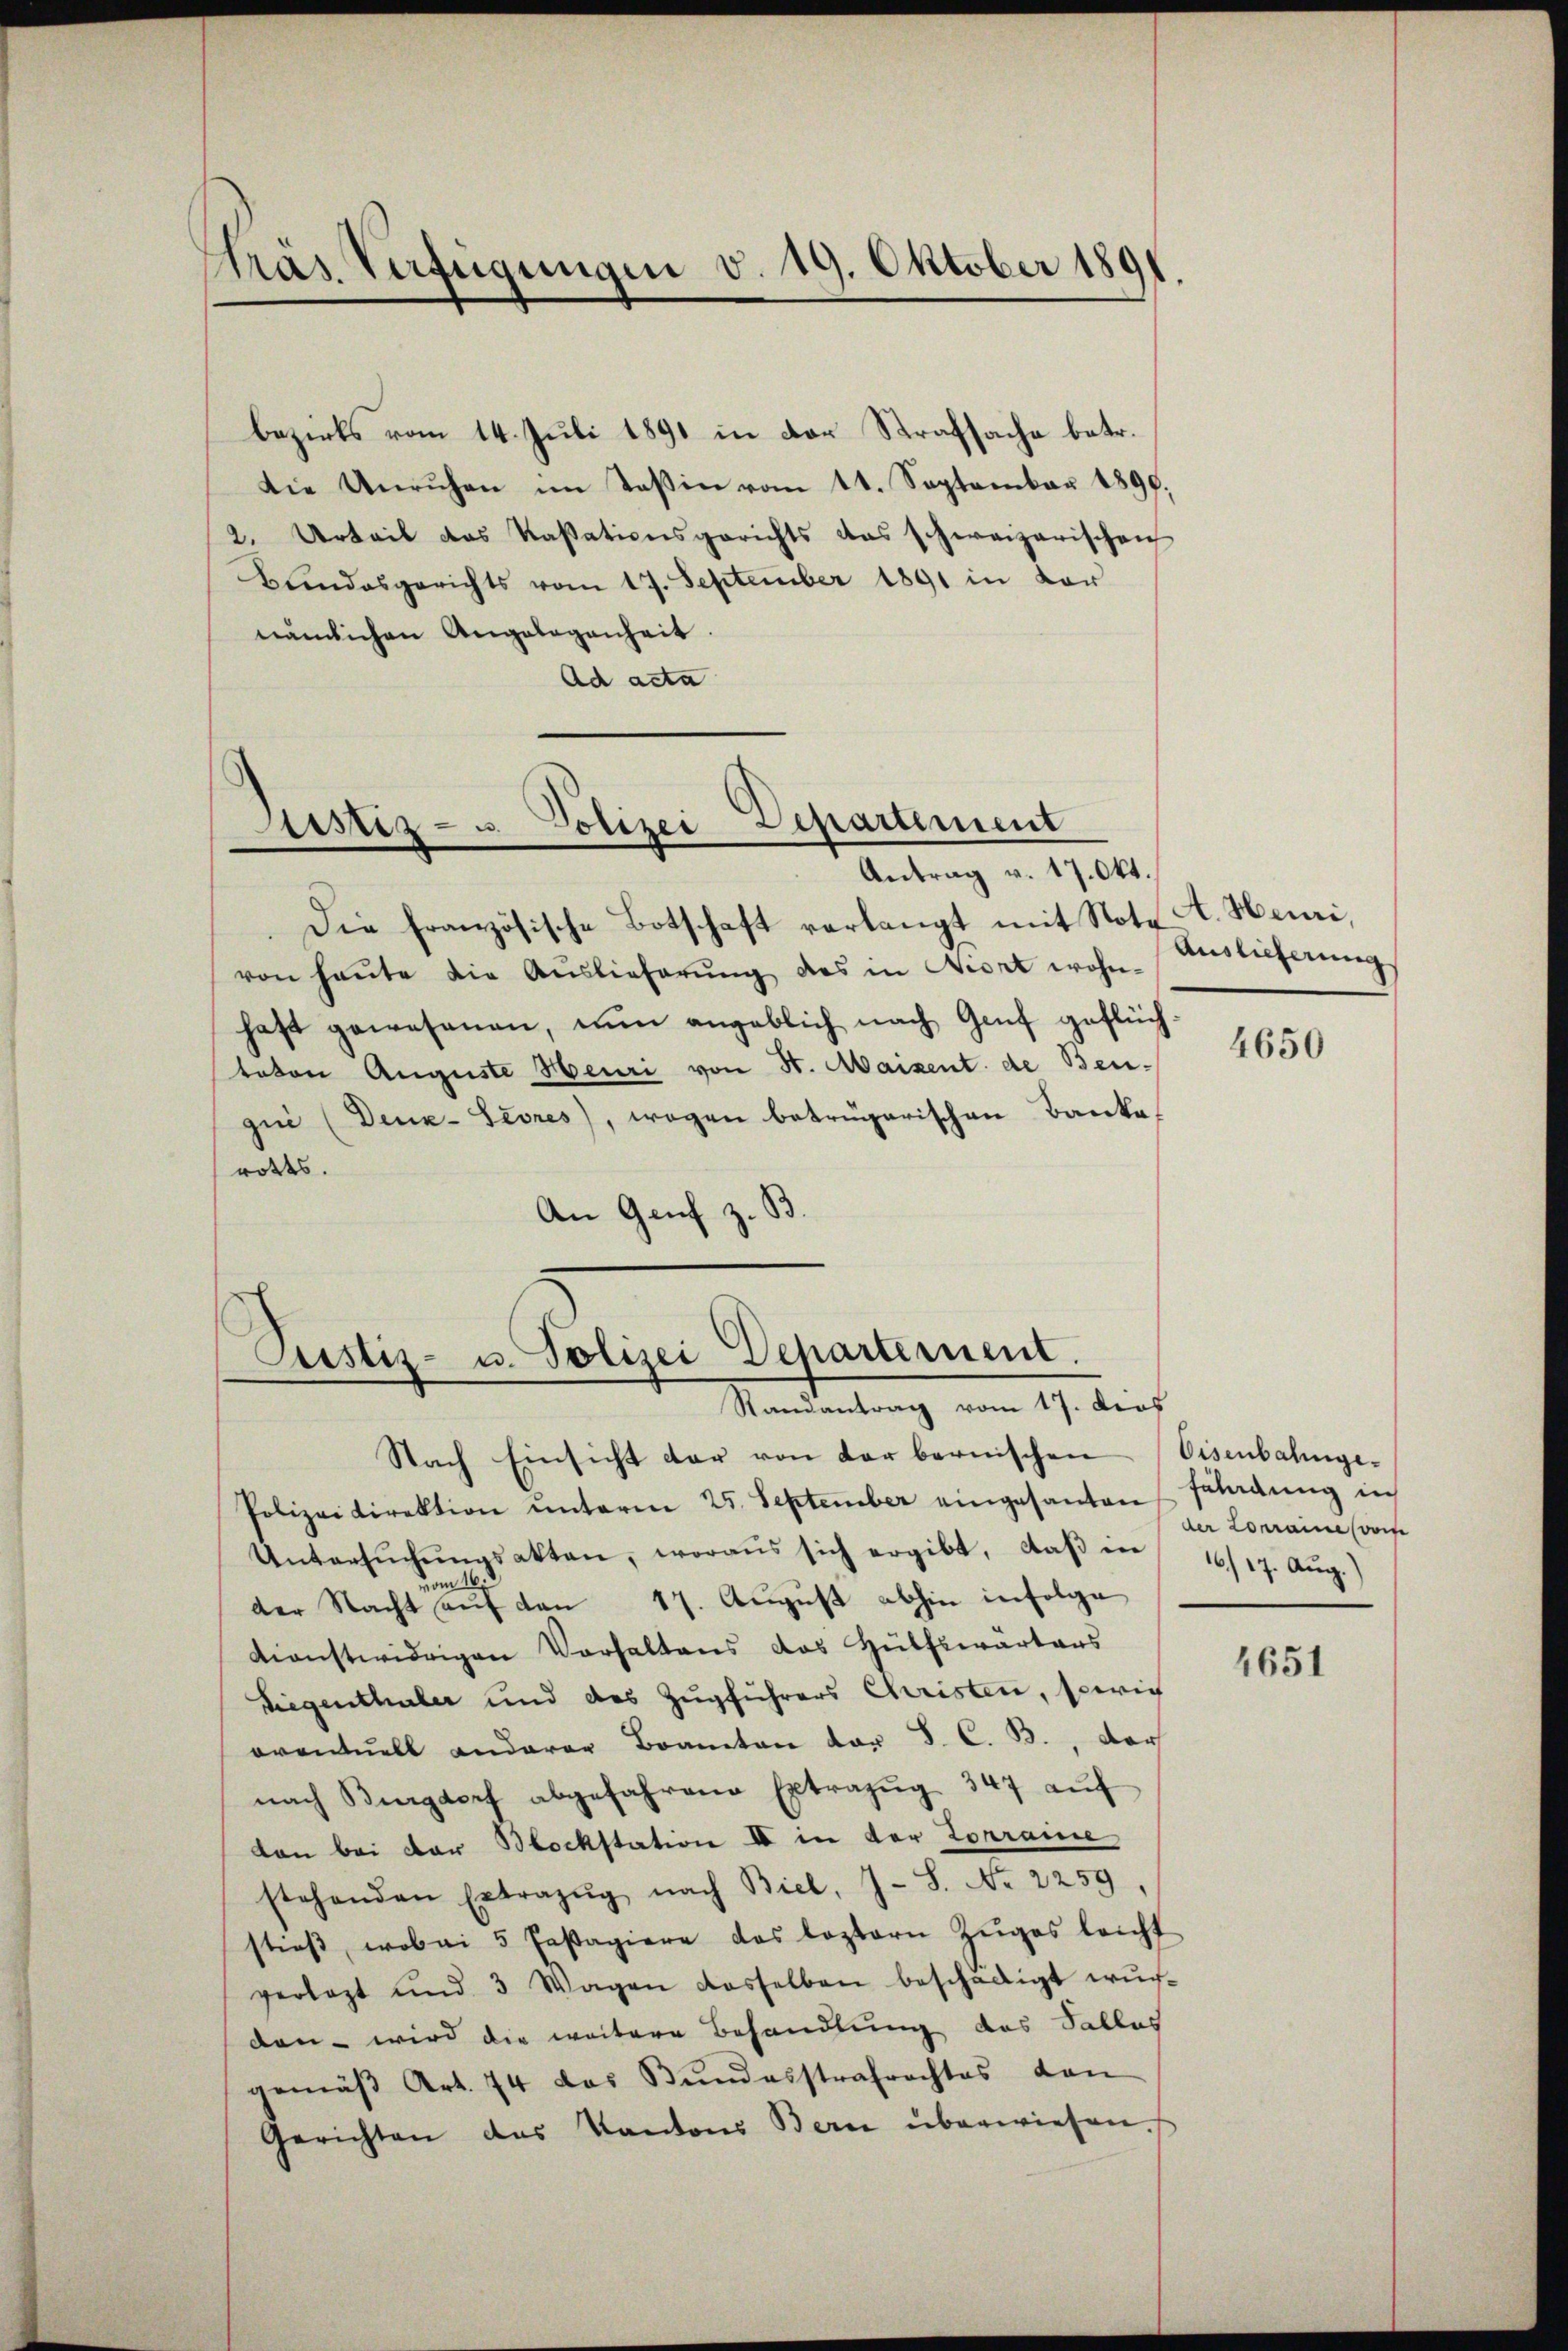
tras Verfügungen v. 19. Oktober 1891.

bezirks vom 14. Juli 1891 in der Strafsache betr.
Die Unruhen im Teßin vom 11. September 1897.
2. Urteil das Kassationsgerichts das schweizerischen
Bundesgerichts vom 17. September 1891 in der
nämlichen Angelegenheit
Ad acta

Die französische Botschaft verlangt mit Note
von heŭte die Auslieferŭng des in Wort wohn-
haft gewesenen, nun angeblich nach Genf geflüchteten Auguste Heuri von St. Maizent de Benzui (Denz-Sevres), wogen betrügerischen Bankarotts.
An Genf z. B.

Justiz- u Polizei Separtement
Antrag v. 17. Okt.

Justiz- u. Polizei Departement.
Randantrag vom 17. ders

Nach Einsicht dar von der bernischen
Polizeidirektion unterm 25. September eingesanten
Untersŭchŭngsakten, woraus sich ergibt, daβ in
vom 16. d.
der Nacht auf den 17. August abhin infolge
dienstwidrigen Verhaltens das Hülfswarters
Liegenthaler und des Zugführers Christen, sowie
oventuell anderer Beamten der S. C. B., der
nach Burgdorf abgefahrene Extrazŭg 347 aŭf
don bei der Mockstation II in der Lorraine
stehenden Extrazŭg nach Biel, J. S. Nr. 2259
stieß, wobei 5 Passagiere das leztern Zŭges leicht
verlegt und 3 Wagen dasselben beschädigt wŭr-
den – wird die weitere Behandlung des Sallas
gemäβ Art. 74 das Bŭndesstrafrechtes von
Gerichten des Kantons Bern überwiesen.

A. Heuri,
Auslieferung

4650

Eisenbahnge¬
Fäladung in
der Loraine vor
16./17. Aug.

4651